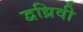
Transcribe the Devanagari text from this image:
द्वध्रिवी